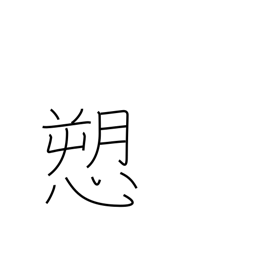
Meaning: complain of